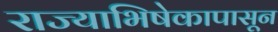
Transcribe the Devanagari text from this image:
राज्याभिषेकापासून